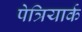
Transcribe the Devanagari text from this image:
पेत्रियार्क